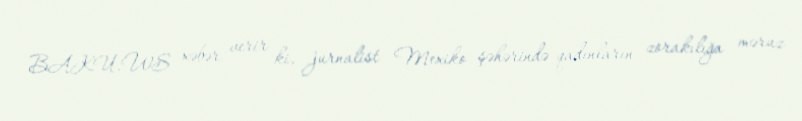
BAKU.WS xəbər verir ki, jurnalist Mexiko şəhərində qadınların zorakılığa məruz